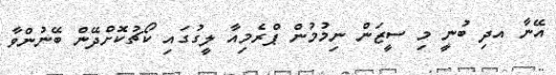
އޭނާ އދި ބުނީ މި ސީޒަން ނިމުމުން ޕްރެމިއާ ލީގުގައި ކޯޗުކޮށްދޭން ބޭނުންވާ